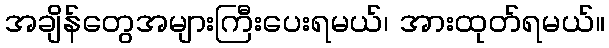
အချိန်တွေအများကြီးပေးရမယ်၊ အားထုတ်ရမယ်။